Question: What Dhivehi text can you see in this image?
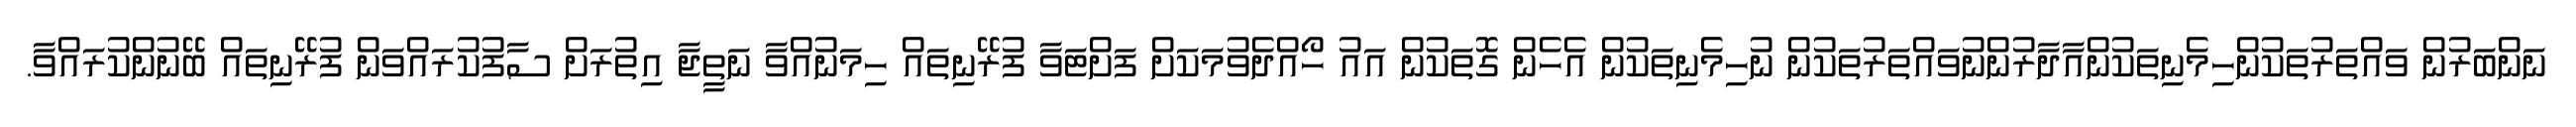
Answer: ނަންބަރުން ވައްތަރުތަކުންހިމެނިތަކުންއާދާރުންނުވައްތަރުތަކުން ނުހިމެނިތަކުން އެހެން ގޮތަކުން އައު ހޯއްދެވުމަކަށް ފަށްޓަވާ ފުރޭނިތައް ހިމަނުއްވާ ނަތީޖާ އިތުރަށް ސާފުކުރައްވަން ފުރޭނިތައް ބޭނުންކުރައްވާ.